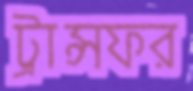
ট্রান্সফর